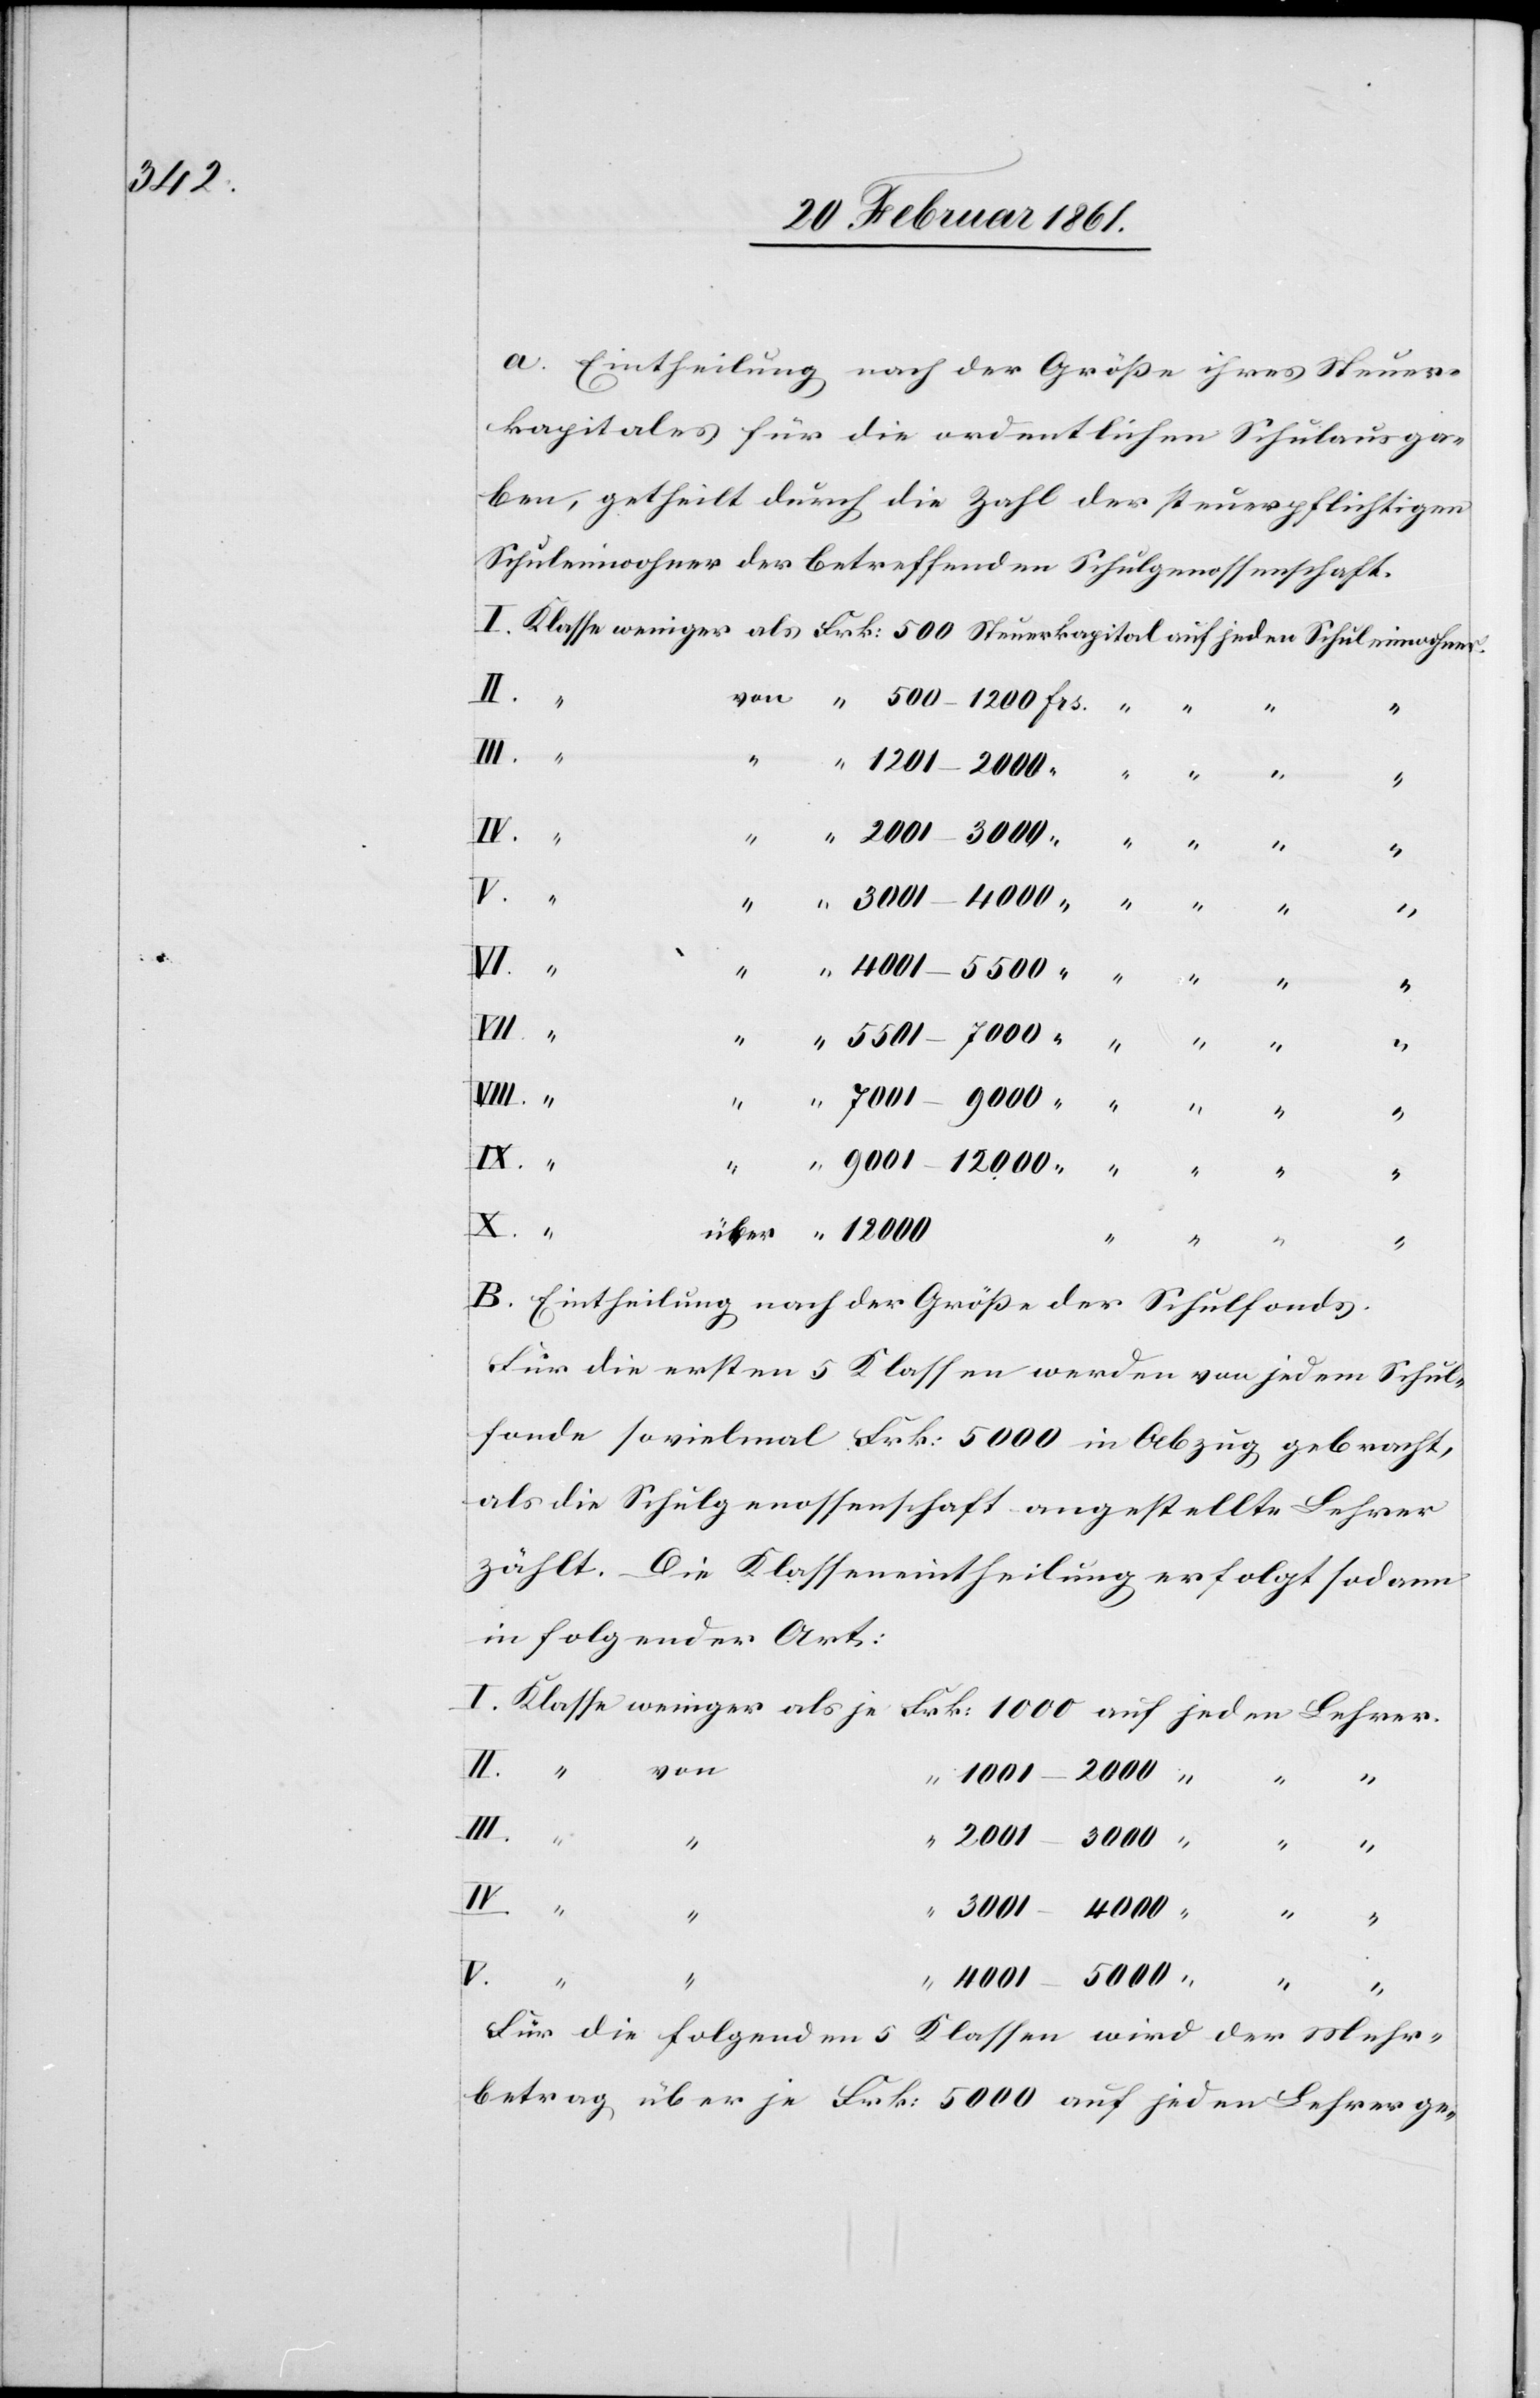
a. Eintheilung nach der Größe ihres Steuer¬
kapitales für die ordentlichen Schulausga¬
ben, getheilt durch die Zahl des steuerpflichtigen
Schuleinwohner der betreffenden Schulgenossenschaft.
III.
Lehrer.
“
“
I.
Frk.
12
B. Eintheilung nach der Grösse der Schulfonds.
Für die ersten 5 Klassen werden von jedem Schul¬
fonde so vielmal Frk. 5000 in Abzug gebracht,
als die Schulgenossenschaft angestellte Lehrer
zählt. Die Klasseneintheilung erfolgt sodann
in folgender Art:
von
V.
IV.
4001–5000
“
auf
Für die folgenden 5 Klassen wird der Mehr¬
betrag über je Frk. 5000 auf jeden Lehrer ge-